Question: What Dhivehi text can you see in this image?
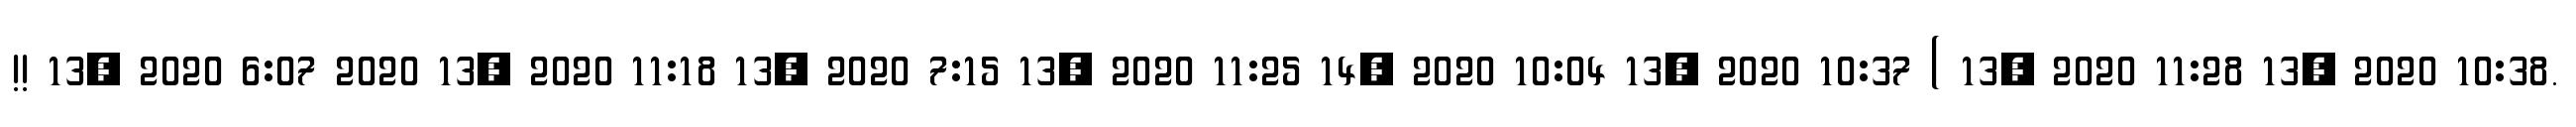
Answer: !! 13, 2020 6:07 2020 13, 2020 11:18 13, 2020 7:15 13, 2020 11:25 14, 2020 10:04 13, 2020 10:37 ( 13, 2020 11:28 13, 2020 10:38.